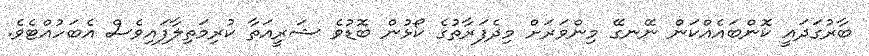
ބާރުގަދައީ ކޮންބައެއްކަން ނޭނގޭ މިންވަރަށް މިދެފަރާތުގެ ކޯޅުން ބޮޑުވެ ޝަރީއަތާ ކުރިމަތިލާފައިވެސް އެބަހުއްޓެވެ.